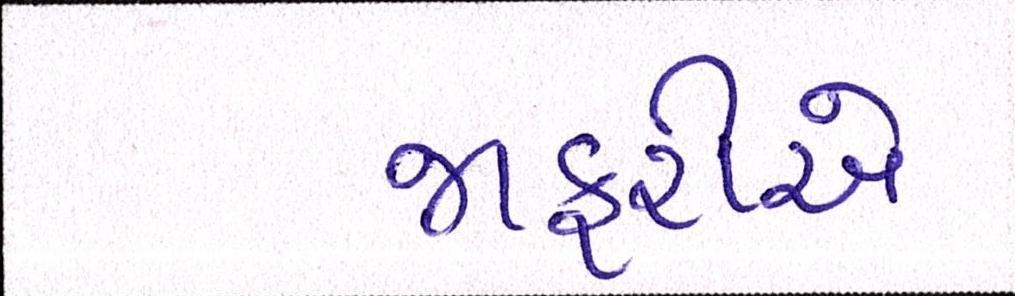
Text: જાફરીએ